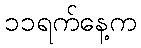
၁၁ရက်နေ့က